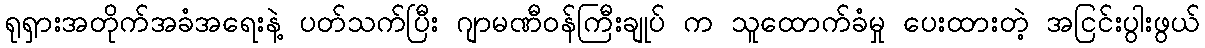
ရုရှားအတိုက်အခံအရေးနဲ့ ပတ်သက်ပြီး ဂျာမဏီဝန်ကြီးချုပ် က သူထောက်ခံမှု ပေးထားတဲ့ အငြင်းပွါးဖွယ်